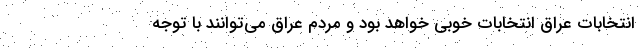
انتخابات عراق انتخابات خوبی خواهد بود و مردم عراق می‌توانند با توجه